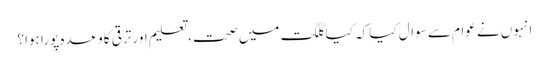
انہوں نے عوام سے سوال کیا کہ کیا گلگت میں صحت، تعلیم اور ترقی کا وعدہ پورا ہوا؟